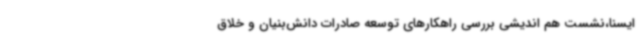
ایسنا،نشست هم اندیشی بررسی راهکارهای توسعه صادرات دانش‌بنیان و خلاق